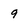
Character: 9